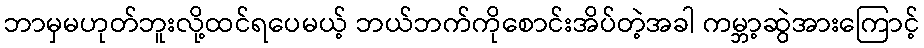
ဘာမှမဟုတ်ဘူးလို့ထင်ရပေမယ့် ဘယ်ဘက်ကိုစောင်းအိပ်တဲ့အခါ ကမ္ဘာ့ဆွဲအားကြောင့်